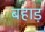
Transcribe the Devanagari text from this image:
बहाड़